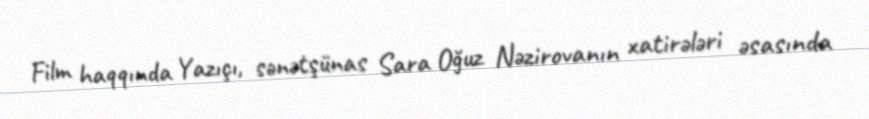
Film haqqında Yazıçı, sənətşünas Sara Oğuz Nəzirovanın xatirələri əsasında